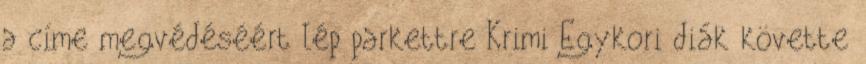
a címe megvédéséért lép parkettre Krimi Egykori diák követte